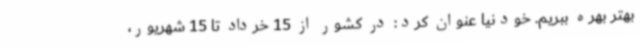
بهتر بهره ببریم. خودنیا عنوان کرد: در کشور از 15 خرداد تا 15 شهریور،